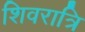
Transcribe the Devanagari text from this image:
शिवरात्रि